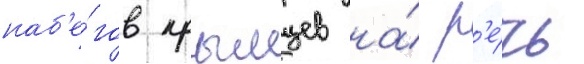
наб'е́гов крымцев на́ р'е́чь